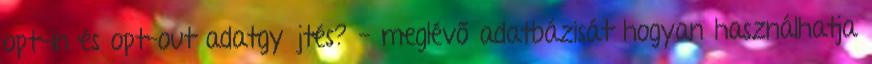
opt-in és opt-out adatgyűjtés? - meglévő adatbázisát hogyan használhatja